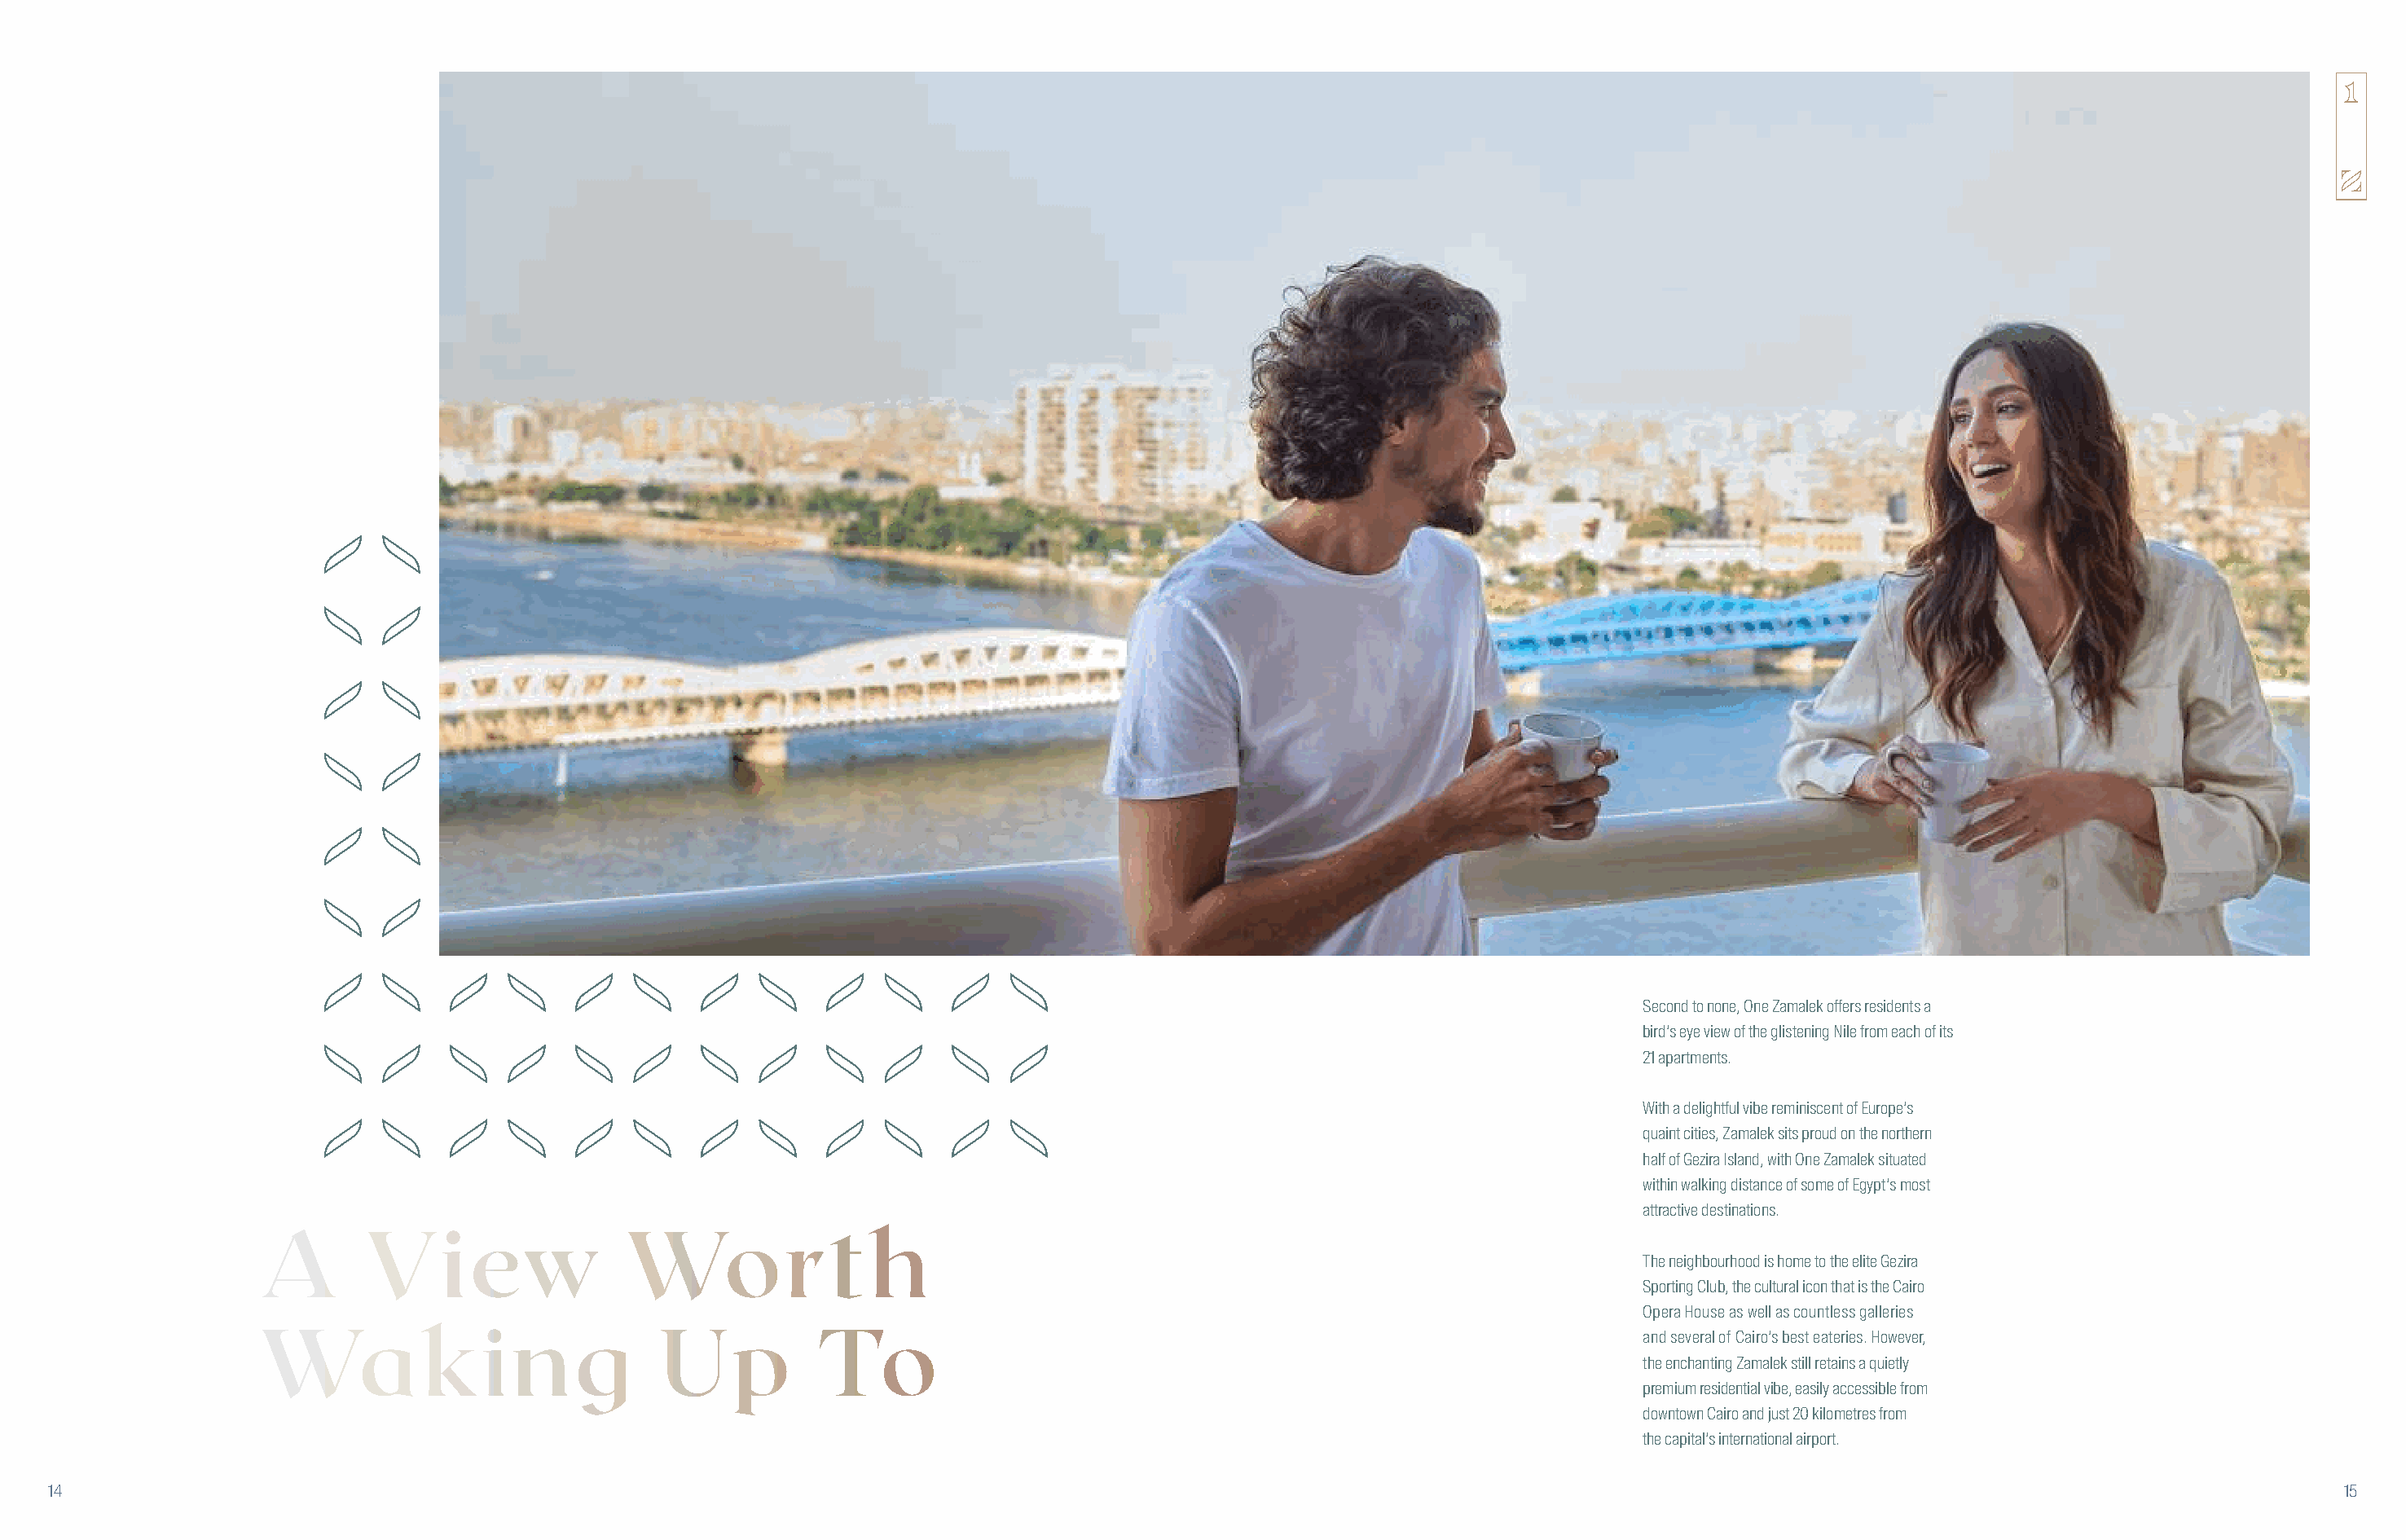
Second to none, One Zamalek offers residents a
 bird’s eye view of the glistening Nile from each of its
 21 apartments.
 With a delightful vibe reminiscent of Europe’s
 quaint cities, Zamalek sits proud on the northern
 half of Gezira Island, with One Zamalek situated
 within walking distance of some of Egypt’s most
 attractive destinations.
 A        View                 Worth
 The neighbourhood is home to the elite Gezira
 Sporting Club, the cultural icon that is the Cairo
 Opera House as well as countless galleries
 Waking                           Up          To                                                                 and several of Cairo’s best eateries. However,
 the enchanting Zamalek still retains a quietly
 premium residential vibe, easily accessible from
 downtown Cairo and just 20 kilometres from
 the capital’s international airport.
 14                                                                                                                                                                                        15